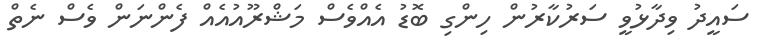
ސައީދު ވިދާޅުވީ ސަރުކާރުން ހިންގި ބޮޑު އެއްވެސް މަޝްރޫއުއެއް ފެންނަން ވެސް ނެތް